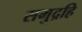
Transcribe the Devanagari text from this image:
समुद्रहि